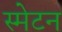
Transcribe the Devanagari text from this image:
स्मेटन